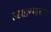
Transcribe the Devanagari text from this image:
उखडण्याच्या